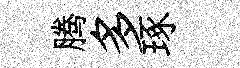
腾多琢